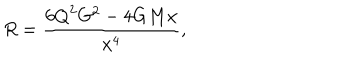
R = \frac { 6 { Q } ^ { 2 } G ^ { 2 } - 4 G M x } { x ^ { 4 } } ,